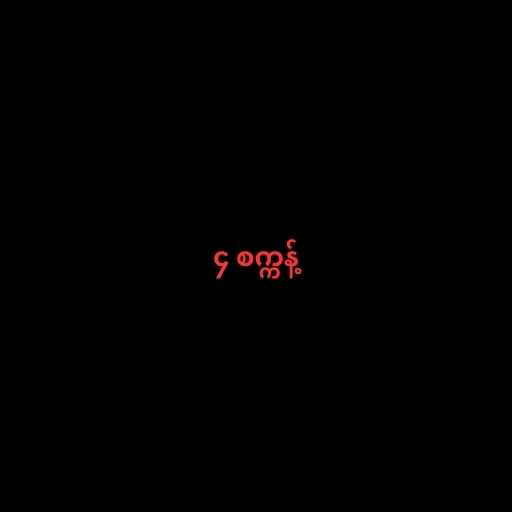
၄ စက္ကန့်